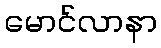
မောင်လာနာ